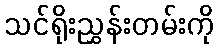
သင်ရိုးညွှန်းတမ်းကို